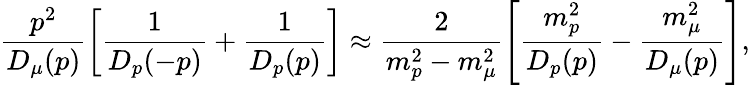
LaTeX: \frac{p^{2}}{D_{\mu}(p)}\left[\frac{1}{D_{p}(-p)}+\frac{1}{D_{p}(p)}\right]\approx\frac{2}{m_{p}^{2}-m_{\mu}^{2}}\left[\frac{m_{p}^{2}}{D_{p}(p)}-\frac{m_{\mu}^{2}}{D_{\mu}(p)}\right],